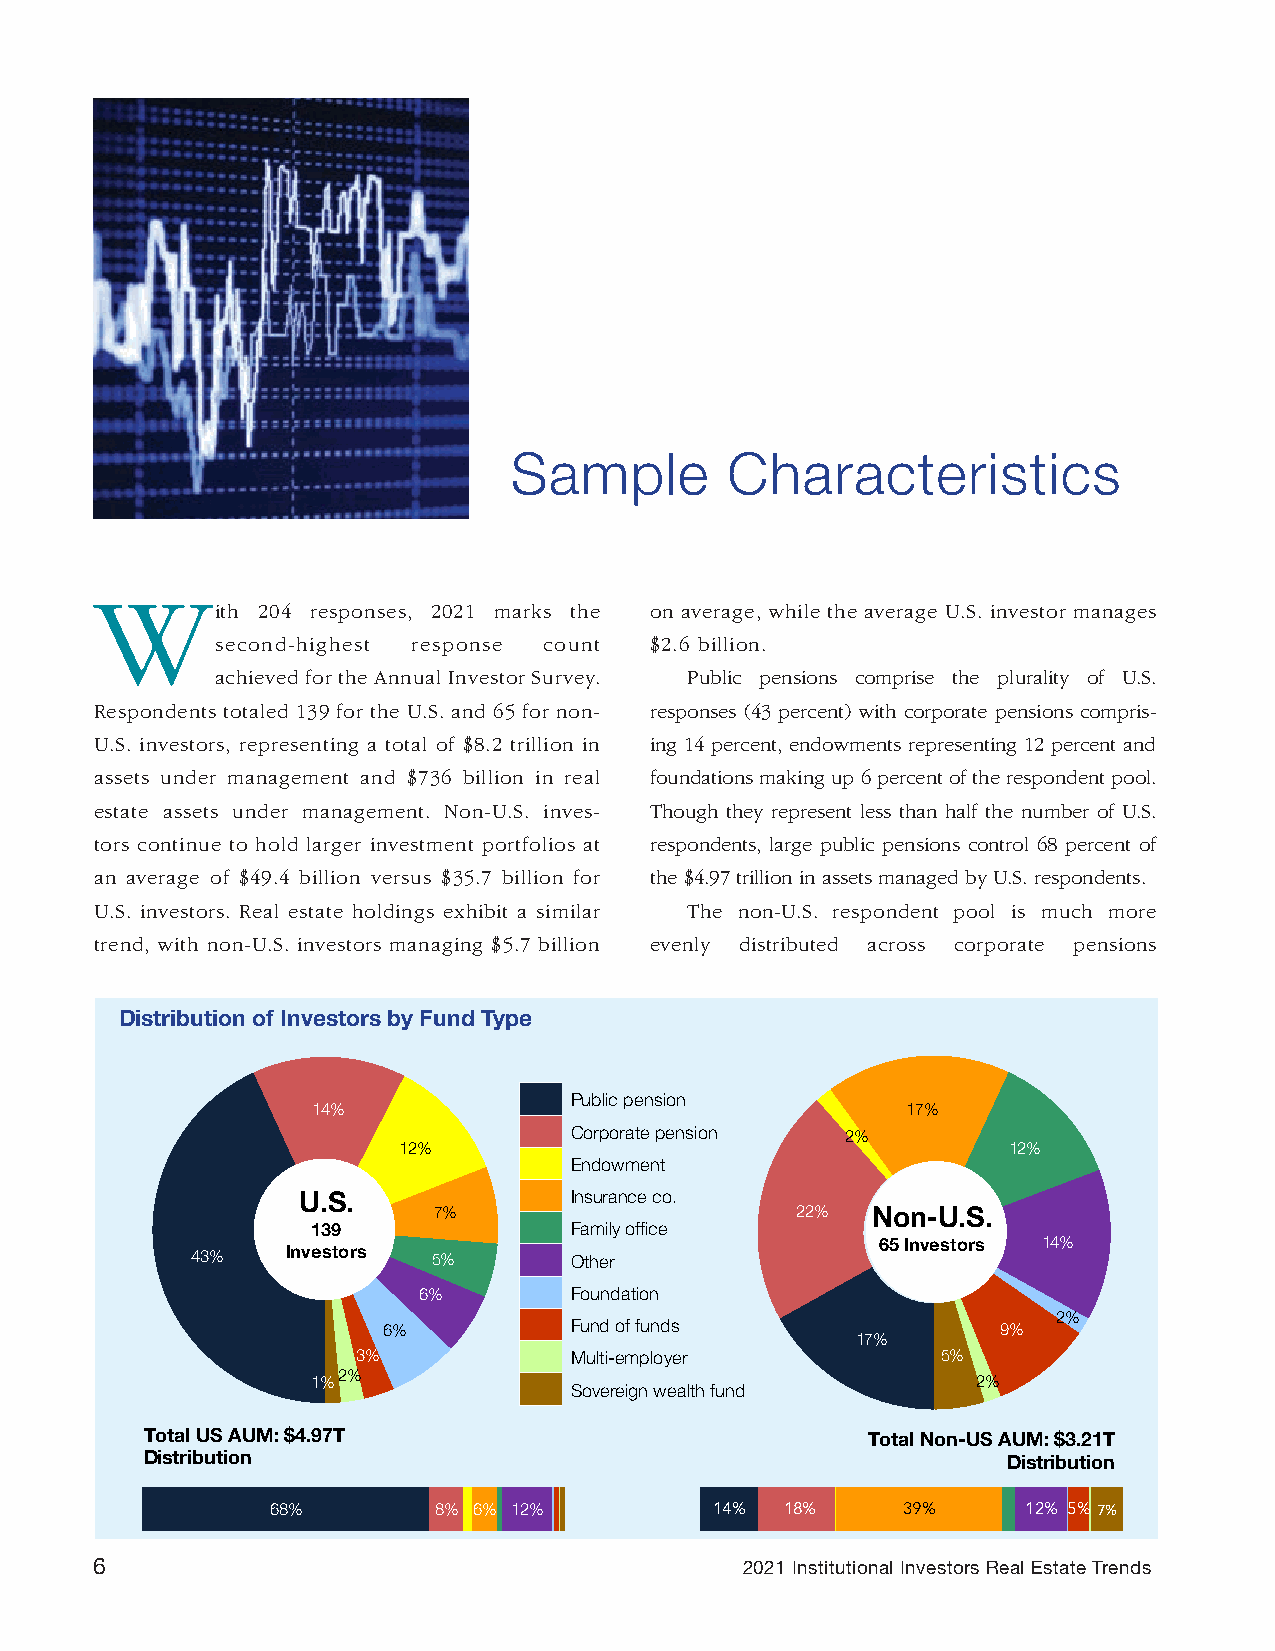
Sample        Characteristics
 W
 ith 204 responses, 2021 marks the on average, while the average U.S. investor manages
 second-highest response count $2.6 billion.
 achieved for the Annual Investor Survey. Public pensions comprise the plurality of U.S.
 Respondents totaled 139 for the U.S. and 65 for non- responses (43 percent) with corporate pensions compris-
 U.S. investors, representing a total of $8.2 trillion in ing 14 percent, endowments representing 12 percent and
 assets under management and $736 billion in real foundations making up 6 percent of the respondent pool.
 estate assets under management. Non-U.S. inves- Though they represent less than half the number of U.S.
 tors continue to hold larger investment portfolios at respondents, large public pensions control 68 percent of
 an average of $49.4 billion versus $35.7 billion for the $4.97 trillion in assets managed by U.S. respondents.
 U.S. investors. Real estate holdings exhibit a similar The non-U.S. respondent pool is much more
 trend, with non-U.S. investors managing $5.7 billion evenly distributed across corporate pensions
 Distribution of Investors by Fund Type
 Public pension
 14%                                    17%
 Corporate pension 2%
 12%                                      12%
 Endowment
 U.S.              Insurance co.
 7%                      22%  Non-U.S.
 139              Family office
 65 Investors 14%
 43%   Investors 5%       Other
 6%        Foundation
 2%
 6%           Fund of funds               9%
 17%
 3%            Multi-employer          5%
 1%2%                                        2%
 Sovereign wealth fund
 Total US AUM: $4.97T                           Total Non-US AUM: $3.21T
 Distribution                                             Distribution
 68%        8% 6% 12%         14%  18%     39%     12% 5% 7%
 6                                          2021 Institutional Investors Real Estate Trends